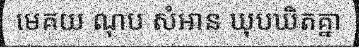
មេគយ ណុប សំអាន ឃុបឃិតគ្នា